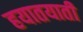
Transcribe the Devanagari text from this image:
हयातयाती